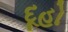
દૂહો